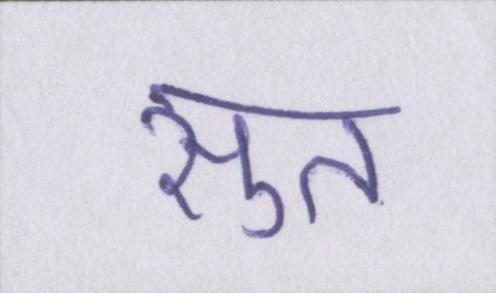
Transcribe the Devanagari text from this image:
सुत